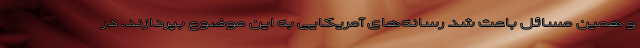
و همین مسائل باعث شد رسانه‌های آمریکایی به این موضوع بپردازند. در